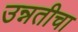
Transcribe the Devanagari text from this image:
उन्नतीचा